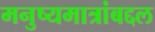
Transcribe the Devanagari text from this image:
मनुष्यमात्रांबद्दल